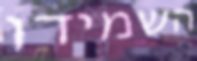
השמידו